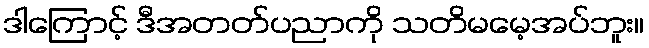
ဒါကြောင့် ဒီအတတ်ပညာကို သတိမမေ့အပ်ဘူး။